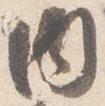
内